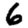
Digit: 6